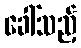
ခေါ်သည့်